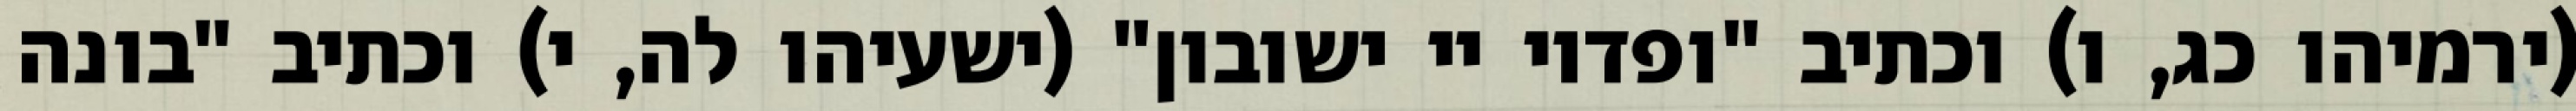
(ירמיהו כג, ו) וכתיב "ופדוי יי ישובון" (ישעיהו לה, י) וכתיב "בונה